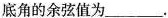
底角的余弦值为______。